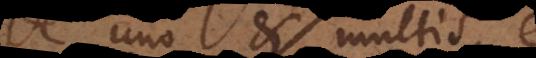
de uno et multis, et